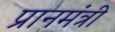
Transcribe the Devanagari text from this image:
प्रानमंत्री